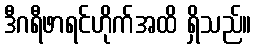
ဒီဂရီဖာရင်ဟိုက်အထိ ရှိသည်။